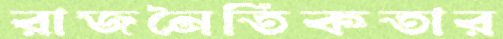
রাজনৈতিকতার